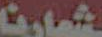
شارنا